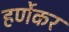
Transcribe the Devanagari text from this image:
हर्णेकर